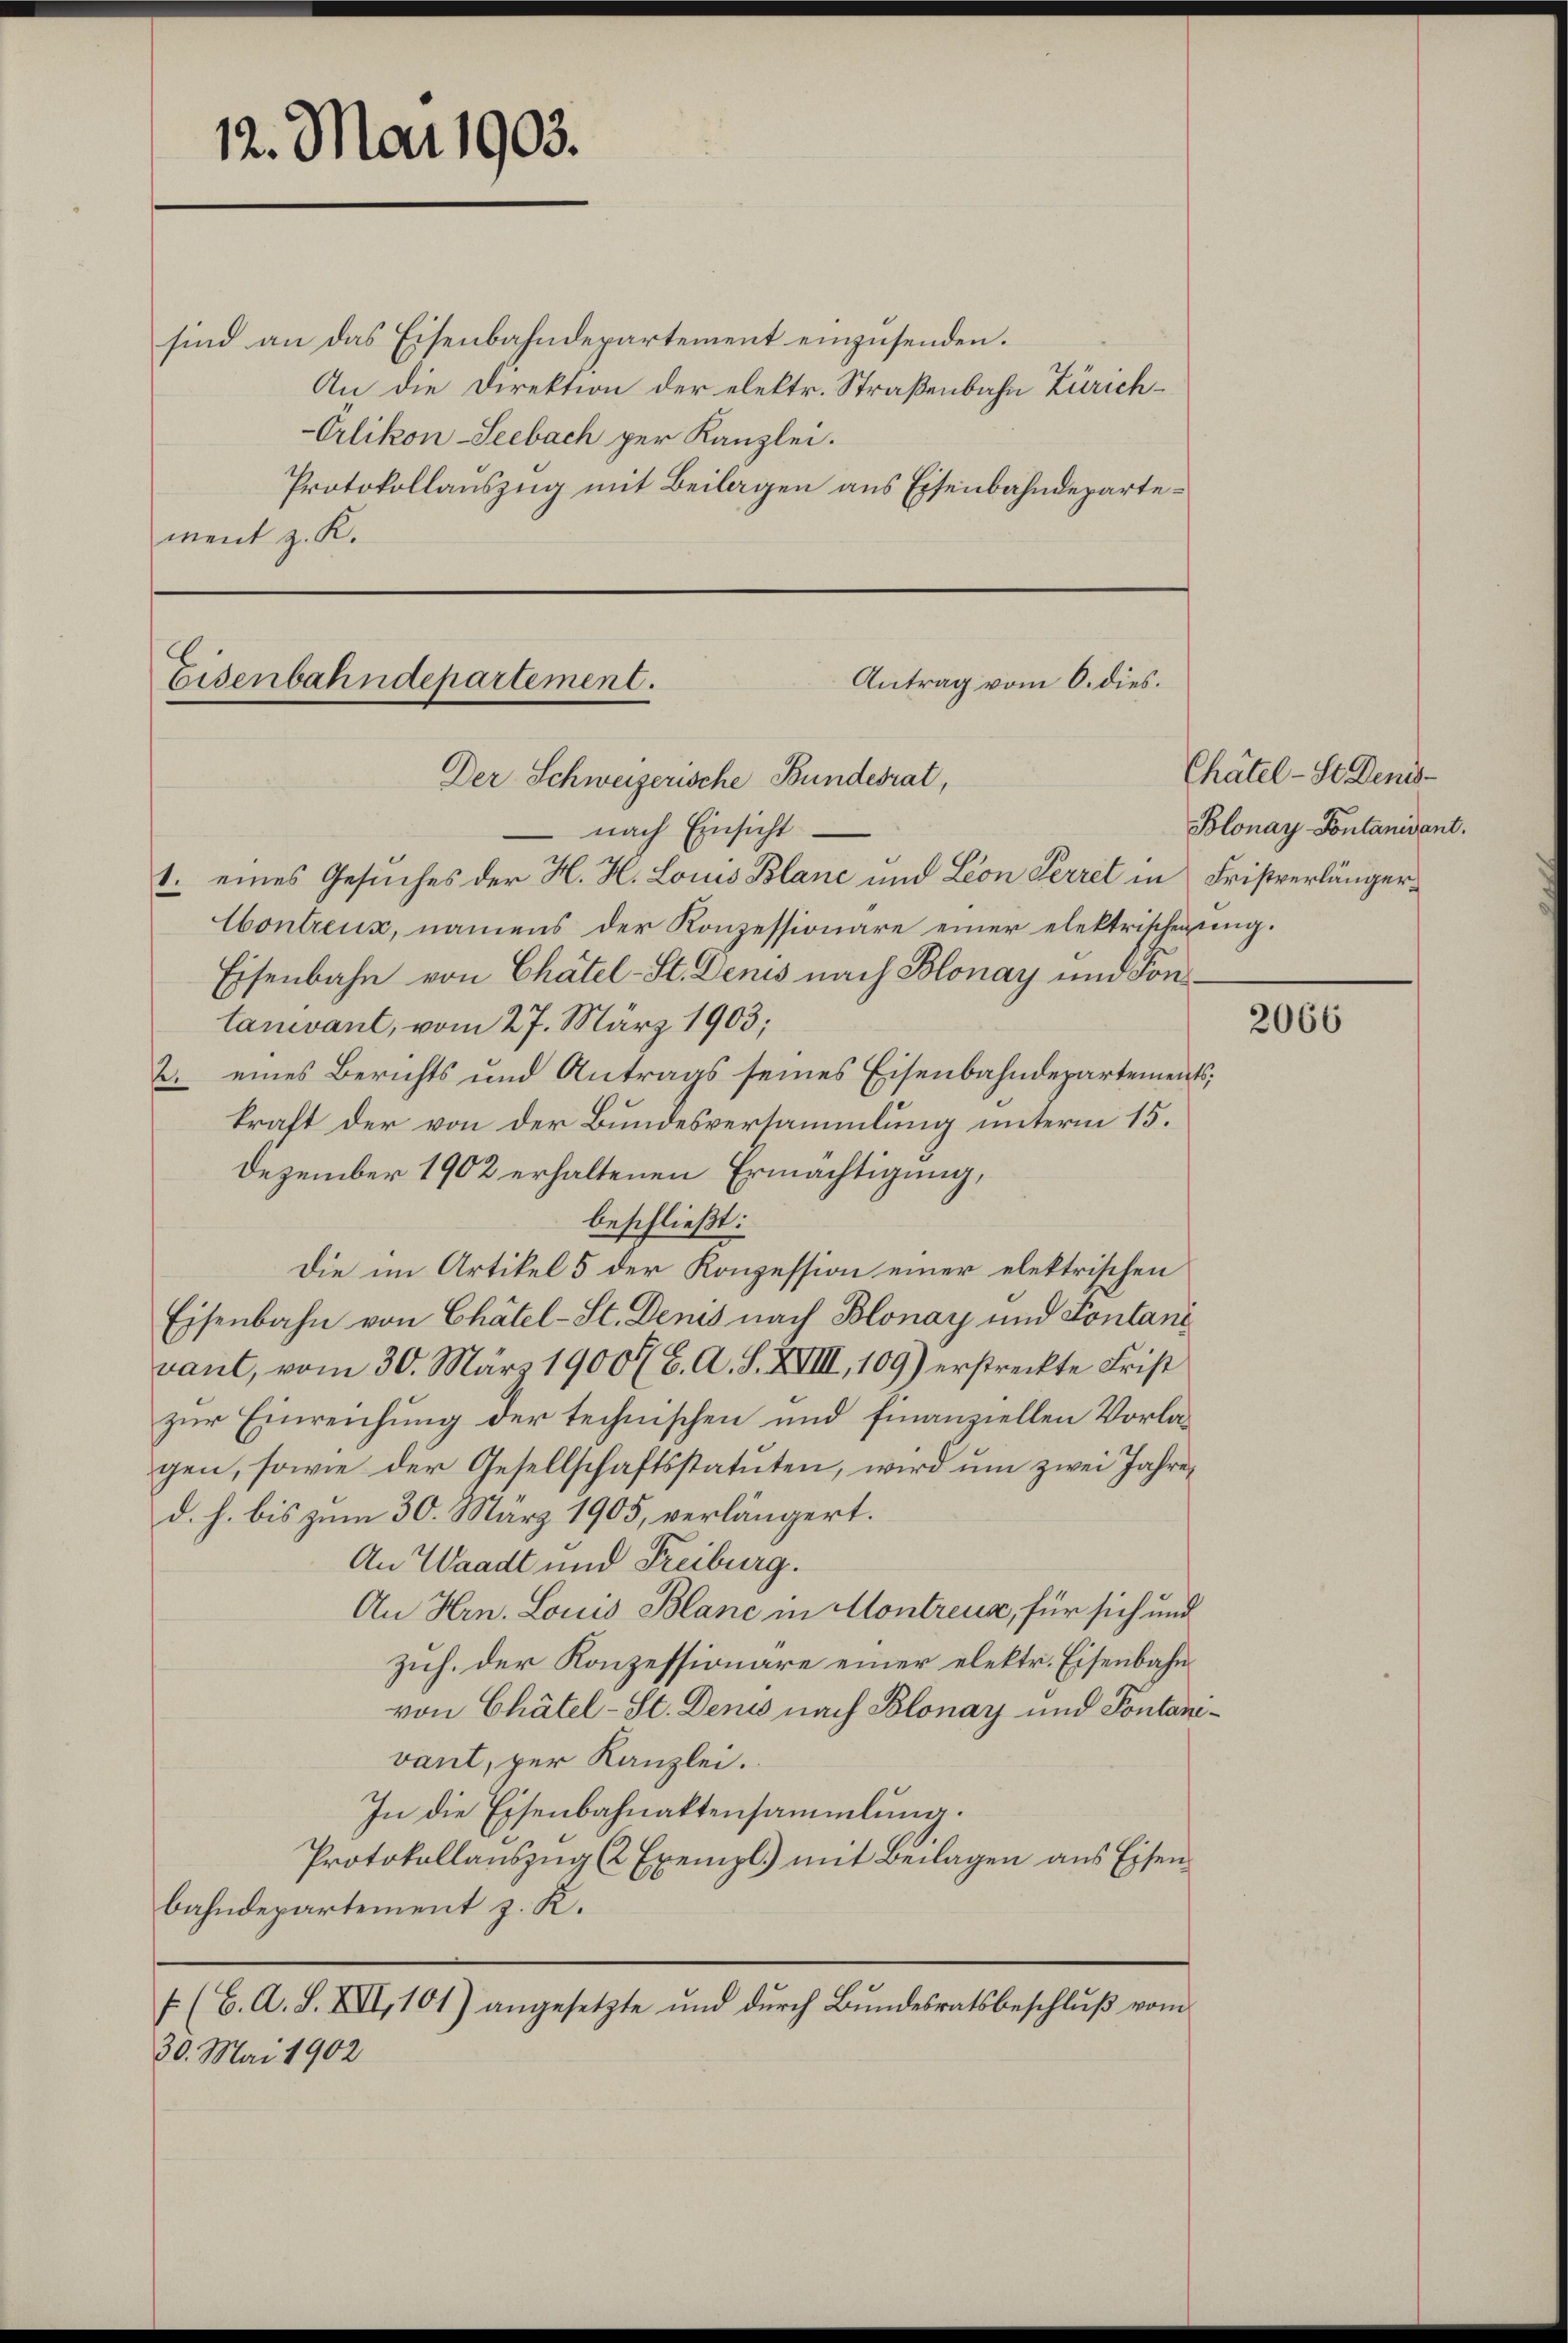
12. Mai 1903.

sind an das Eisenbahndepartement einzusenden.
An die Direktion der elektr. Straßenbahn Zürich¬
Orlikon-Seebach per Kanzlei.
Protokollauszug mit Beilagen aus Eisenbahndepartement z. K.

Antrag vom 6. dies.
Eisenbahndepartement.
Der Schweizerische Bundesrat,

nach Einsicht
1. eines Gesuches der H. H. Louis Blanc und Leon Perret in Fristverlänger¬
Contreux, namens der Konzessionäre einer elektrischerung.
Eisenbahn von Chätel-St. Denis nach Blonay und Kontanevant, vom 27. März 1903;
2. eines Berichts und Antrags seines Eisenbahndepartements;
kraft der von der Bundesversammlung unterm 15.
Dezember 1902 erhaltenen Ermächtigung,
beschließt:
Die im Artikel 5 der Konzession einer elektrischen
Eisenbahn von Chätel-St. Denis nach Blonay und Fontani
vant, vom 30. März 1900 fl C. A. S. XVIII, 109) erstreckte Frist
zur Einreichung der technischen und finanziellen Vorlagen, sowie der Gesellschaftsstatuten, wird um zwei Jahre
d. h. bis zum 30. März 1905, verlängert.
An Waadt und Freiburg.
An Hrn. Louis Blanc in Montreux, für sich und
zuh. der Konzessionäre einer elektr. Eisenbahn
von Chätel-St. Denis nach Blonay und Pontanevant, per Kanzlei.
In die Eisenbahnaktensammlung.
Protokollauszug (2 Exempl.) mit Beilagen aus Eisenbahndepartement z. K.
 (C. A. S. XVI,101) angesetzte und dŭrch Bŭndesratsbeschlŭβ vom
30. Mai 1902

Chätel-St. Denis¬
Blonay Pontanidant.

2066